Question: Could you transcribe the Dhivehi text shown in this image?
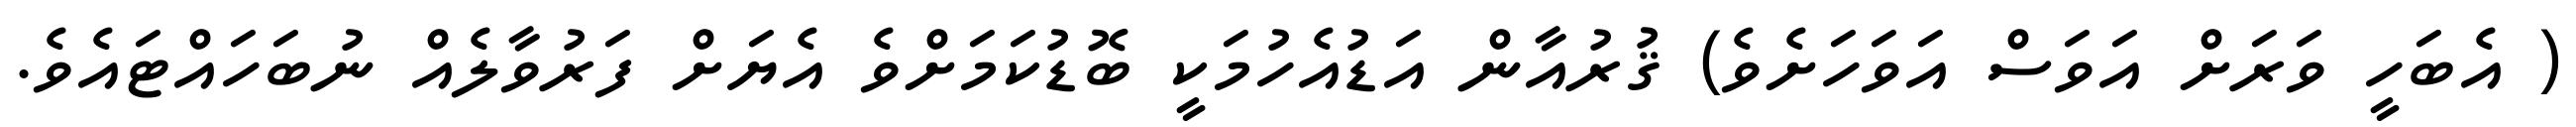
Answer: ( އެބަހީ ވަރަށް އަވަސް އަވަހަށެވެ) ޤުރުއާން އަޑުއެހުމަކީ ބޮޑުކަމަށްވެ އެޔަށް ފަރުވާލެއް ނުބަހައްޓައެވެ.